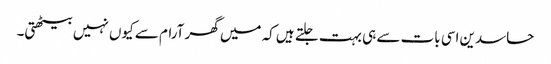
حاسدین اسی بات سے ہی بہت جلتے ہیں کہ میں گھر آرام سے کیوں نہیں بیٹھتی۔